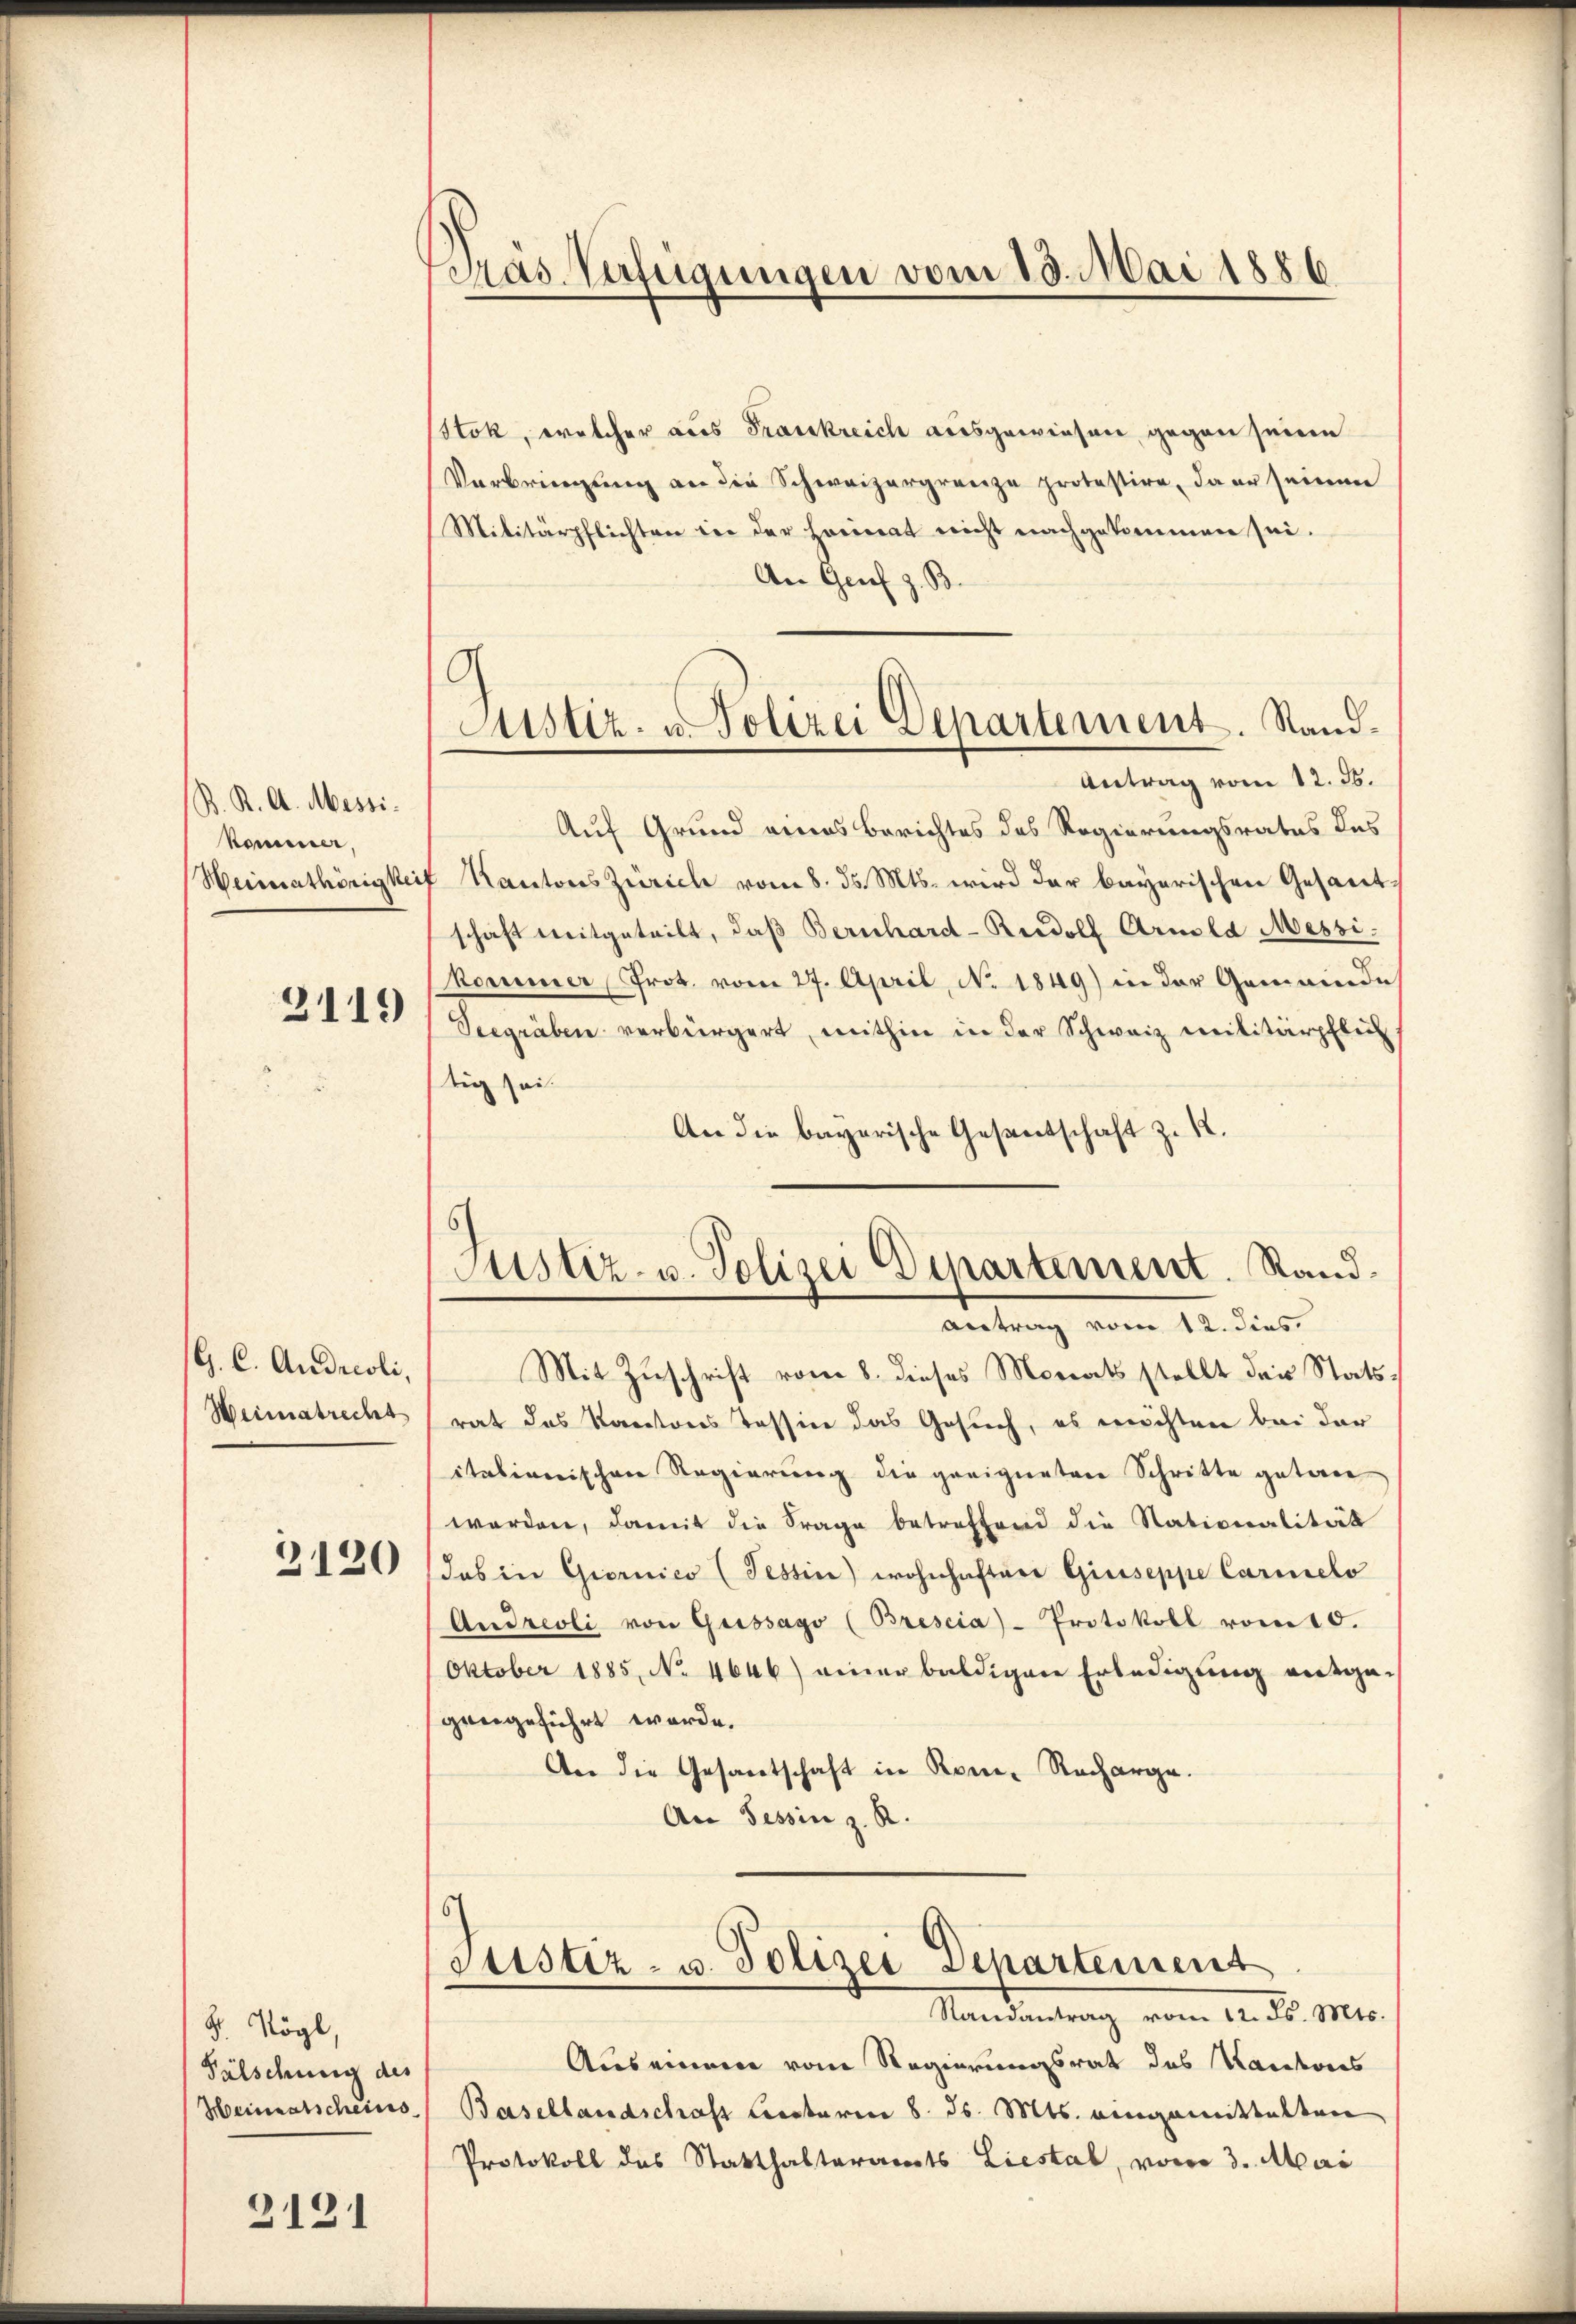
S. K. A. Messi.
kommer,
Weimathörigkei

3119

G. C. Andreoli,
Weimatrecht

2120

S. Vögl,
Fülschung des
Heimatscheins

3131

Gras Verfügungen vom 13. Mai 1886

G
Justiz- u. Polizei Departement. Stand¬
Antrag vom 12. ds.

Stok, welcher aus Frankreich ausgewiesen gegen seine
Verbringung an die Schweizergrenze protestire, da er seinen
Militärpflichten der der Cocinat nicht nachgekommen sei.
An Genf z. B.
Auf Grund eines Berichtes des Regierungsrates des
" Kantons Zürich vom 8. d. Mts. wird der bayerischen Gesandschaft mitgeteilt, daß Bernhard-Rudolf Arnold Messi.
kommer, Prot. vom 27. April, No. 1849) in der Gemeinde
Seegräben verbürgert, mithin in der Schwaiz Militärpflich
tig sei.
An die bayerische Gesandtschaft z. R.
Justiz- u. Polizei Departement. Rand¬
Antrag vom 12. dies
Mit Zuschrift vom 8. dieses Morats stellt der Statsrat das Kantons Tessin das Gesuch, es möchten bei der
italienischen Regierŭng die geeigneten Schritte getan
worden, damit die Frage betreffend die Nationalität
das in Giornico (Tessin wohnhaften Giuseppe Carmelo
Andreoli von Grissago (Brescia-Protokoll vom 10.
Oktober 1885, No 4646) einer baldigen Erledigung entgegangeführt werde.
An die Gesantschaft in Rom. Recharge.
An Tessin z. R.

6
Stistiz- u. Polizei Departement
Randantrag vom 12. ds. Mts.

Auseinem vom Regierungsrat des Kantons
Basellandschaft Lectoren 8. ds. Mts. eingemittelten
Protokoll des Statthalteramts Liestal, vom 3. Mai